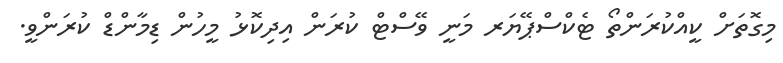
މިގޮތަށް ކީއްކުރަންތޯ ޓެކްސްޕޭޔަރ މަނީ ވޭސްޓް ކުރަން އިދިކޮޅު މީހުން ޑިމާންޑް ކުރަންވީ.